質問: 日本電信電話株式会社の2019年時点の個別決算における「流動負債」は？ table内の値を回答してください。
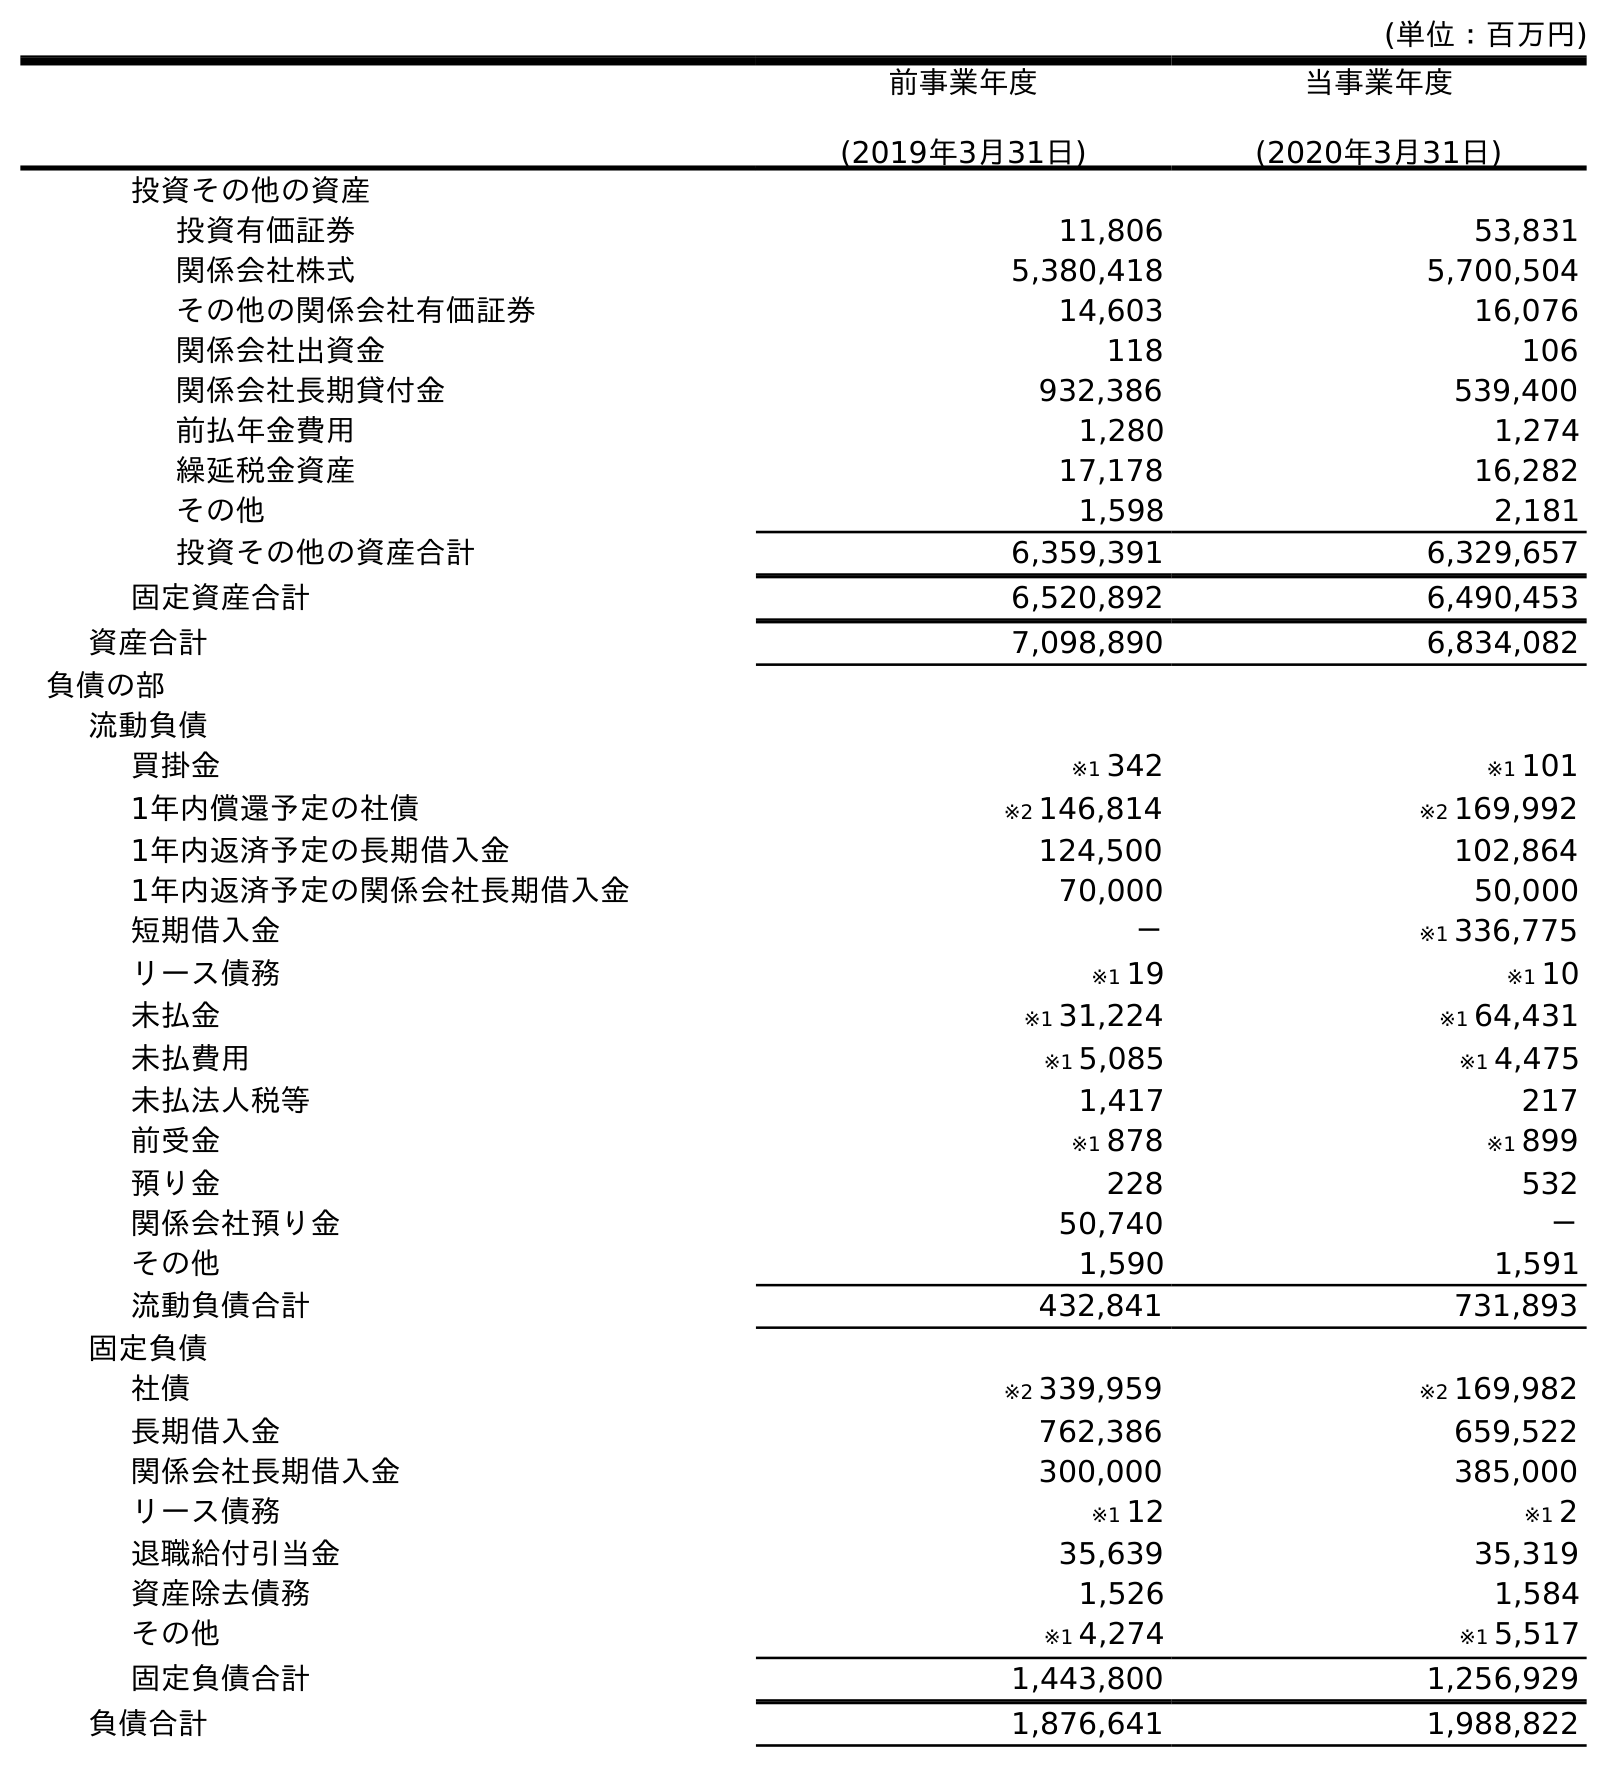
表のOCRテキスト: (単位：百万円) 前事業年度 (2019年3月31日) 当事業年度 (2020年3月31日) 投資その他の資産 投資有価証券 11,806 53,831 関係会社株式 5,380,418 5,700,504 その他の関係会社有価証券 14,603 16,076 関係会社出資金 118 106 関係会社長期貸付金 932,386 539,400 前払年金費用 1,280 1,274 繰延税金資産 17,178 16,282 その他 1,598 2,181 投資その他の資産合計 6,359,391 6,329,657 固定資産合計 6,520,892 6,490,453 資産合計 7,098,890 6,834,082 負債の部 流動負債 買掛金 ※1 342 ※1 101 1年内償還予定の社債 ※2 146,814 ※2 169,992 1年内返済予定の長期借入金 124,500 102,864 1年内返済予定の関係会社長期借入金 70,000 50,000 短期借入金 － ※1 336,775 リース債務 ※1 19 ※1 10 未払金 ※1 31,224 ※1 64,431 未払費用 ※1 5,085 ※1 4,475 未払法人税等 1,417 217 前受金 ※1 878 ※1 899 預り金 228 532 関係会社預り金 50,740 － その他 1,590 1,591 流動負債合計 432,841 731,893 固定負債 社債 ※2 339,959 ※2 169,982 長期借入金 762,386 659,522 関係会社長期借入金 300,000 385,000 リース債務 ※1 12 ※1 2 退職給付引当金 35,639 35,319 資産除去債務 1,526 1,584 その他 ※1 4,274 ※1 5,517 固定負債合計 1,443,800 1,256,929 負債合計 1,876,641 1,988,822
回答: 432,841